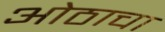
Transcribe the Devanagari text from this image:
ओठाचा